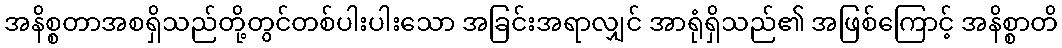
အနိစ္စတာအစရှိသည်တို့တွင်တစ်ပါးပါးသော အခြင်းအရာလျှင် အာရုံရှိသည်၏ အဖြစ်ကြောင့် အနိစ္စာတိ